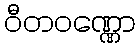
ဝီတဝဏ္ဏော